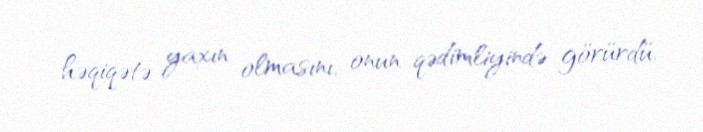
həqiqətə yaxın olmasını, onun qədimliyində görürdü.